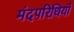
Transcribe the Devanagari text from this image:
मंदपरिधियों